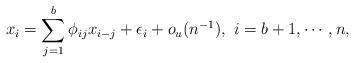
LaTeX: \begin{align*}x_i=\sum_{j=1}^{b} \phi_{ij}x_{i-j}+\epsilon_i+o_{u}(n^{-1}), \ i=b+1, \cdots, n, \end{align*}